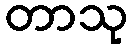
တာသု